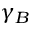
\gamma _ { B }